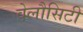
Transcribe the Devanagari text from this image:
वेलौसिटी